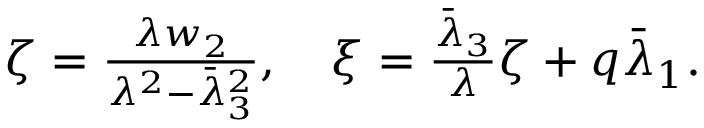
\begin{array} { r } { \zeta = \frac { \lambda w _ { 2 } } { \lambda ^ { 2 } - \bar { \lambda } _ { 3 } ^ { 2 } } , \quad \xi = \frac { \bar { \lambda } _ { 3 } } { { \lambda } } \zeta + q \bar { \lambda } _ { 1 } . } \end{array}